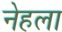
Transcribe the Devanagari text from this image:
नेहला